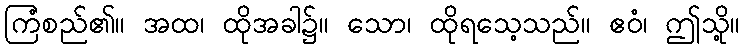
ကြံစည်၏။ အထ၊ ထိုအခါ၌။ သော၊ ထိုရသေ့သည်။ ဧဝံ၊ ဤသို့။